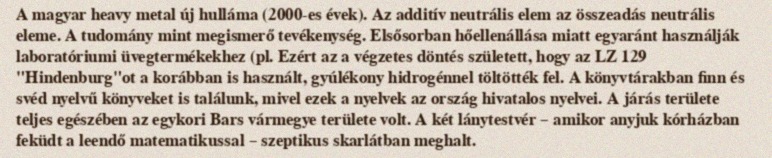
A magyar heavy metal új hulláma (2000-es évek). Az additív neutrális elem az összeadás neutrális eleme. A tudomány mint megismerő tevékenység. Elsősorban hőellenállása miatt egyaránt használják laboratóriumi üvegtermékekhez (pl. Ezért az a végzetes döntés született, hogy az LZ 129 "Hindenburg"ot a korábban is használt, gyúlékony hidrogénnel töltötték fel. A könyvtárakban finn és svéd nyelvű könyveket is találunk, mivel ezek a nyelvek az ország hivatalos nyelvei. A járás területe teljes egészében az egykori Bars vármegye területe volt. A két lánytestvér – amikor anyjuk kórházban feküdt a leendő matematikussal – szeptikus skarlátban meghalt.